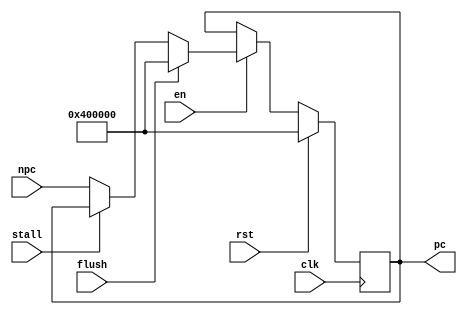
`timescale 1ns / 1ps
//////////////////////////////////////////////////////////////////////////////////
// Company: 
// Engineer: 
// 
// Design Name: 
// Module Name: PC
// Project Name: 
// Target Devices: 
// Tool Versions: 
// Description: 
// 
// Dependencies: 
// 
// Revision:
// Revision 0.01 - File Created
// Additional Comments:
// 
//////////////////////////////////////////////////////////////////////////////////

module PC (
    input                   [ 0 : 0]            clk,
    input                   [ 0 : 0]            rst,
    input                   [ 0 : 0]            en,
    input                   [31 : 0]            npc,
    input                   [0  : 0]            flush,
    input                   [0  : 0]            stall,
    output      reg         [31 : 0]            pc
);
always @(posedge clk) begin
    if (rst) begin
        pc <= 32'h0040_0000;
    end
    else if (en) begin
        if(flush) begin
            pc <= 32'h0040_0000;
        end
        else if(stall) begin
            pc <= pc;
        end
        else begin
            pc <= npc;
        end
    end
    else begin
        pc <= pc;
    end
end
endmodule